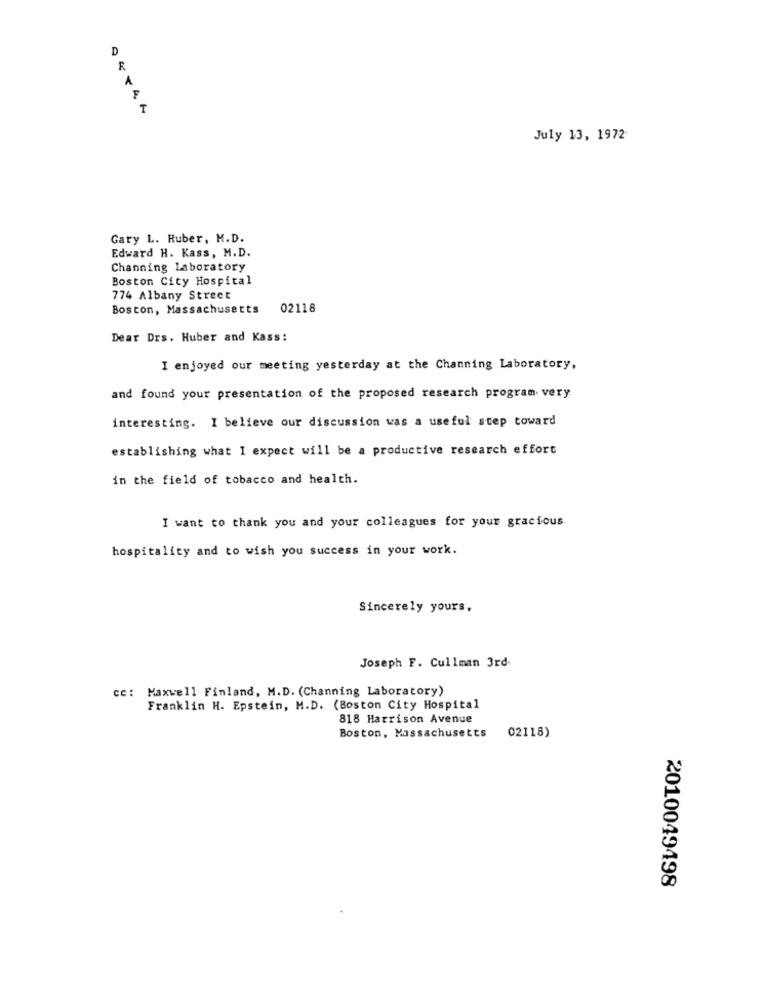
D
R
T
July 13, 1972
Gary L. Ruber, M.D.
Edward H. Kass, M.D.
Channing Laboratory
Boston City Hospital
774 Albany Street
Boston, Massachusetts
02118
Dear Drs. Huber and Kass:
I enjoyed our meeting yesterday at the Channing Laboratory,
and found your presentation of the proposed research program very
interesting. I believe our discussion was a useful step toward
establishing what I expect will be a productive research effort
in the field of tobacco and health.
I want to thank you and your colleagues for your gracious.
hospitality and to wish you success in your work.
Sincerely yours,
Joseph F. Cullman 3rd-
cc: Maxwell Finland, M.D. (Channing Laboratory)
Franklin H. Epstein, M.D. (Boston City Hospital
818 Harrison Avenue
Boston, Massachusetts
02118)
2010049498